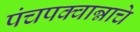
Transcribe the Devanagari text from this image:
पंचपक्वान्नाचे